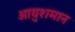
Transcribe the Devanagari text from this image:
आयुशमान